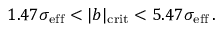
1 . 4 7 \sigma _ { \mathrm { e f f } } < \vert b \vert _ { \mathrm { c r i t } } < 5 . 4 7 \sigma _ { \mathrm { e f f } } \, .